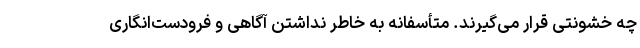
چه خشونتی قرار می‌گیرند. متأسفانه به خاطر نداشتن آگاهی و فرودست‌انگاری